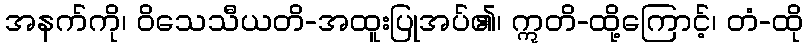
အနက်ကို၊ ဝိသေသီယတိ-အထူးပြုအပ်၏၊ ဣတိ-ထို့ကြောင့်၊ တံ-ထို